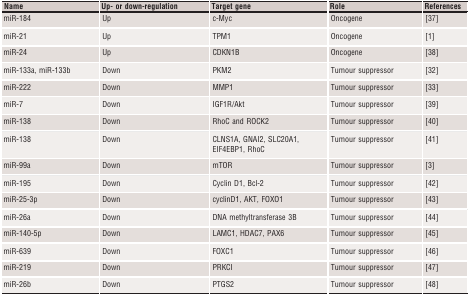
<table><thead><tr><td><b>Name</b></td><td><b>Up‐ or down‐regulation</b></td><td><b>Target gene</b></td><td><b>Role</b></td><td><b>References</b></td></tr></thead><tbody><tr><td>miR‐184</td><td>Up</td><td>c‐Myc</td><td>Oncogene</td><td>37</td></tr><tr><td>miR‐21</td><td>Up</td><td>TPM1</td><td>Oncogene</td><td>1</td></tr><tr><td>miR‐24</td><td>Up</td><td>CDKN1B</td><td>Oncogene</td><td>38</td></tr><tr><td>miR‐133a, miR‐133b</td><td>Down</td><td>PKM2</td><td>Tumour suppressor</td><td>32</td></tr><tr><td>miR‐222</td><td>Down</td><td>MMP1</td><td>Tumour suppressor</td><td>33</td></tr><tr><td>miR‐7</td><td>Down</td><td>IGF1R/Akt</td><td>Tumour suppressor</td><td>39</td></tr><tr><td>miR‐138</td><td>Down</td><td>RhoC and ROCK2</td><td>Tumour suppressor</td><td>40</td></tr><tr><td>miR‐138</td><td>Down</td><td>CLNS1A, GNAI2, SLC20A1, EIF4EBP1, RhoC</td><td>Tumour suppressor</td><td>41</td></tr><tr><td>miR‐99a</td><td>Down</td><td>mTOR</td><td>Tumour suppressor</td><td>3</td></tr><tr><td>miR‐195</td><td>Down</td><td>Cyclin D1, Bcl‐2</td><td>Tumour suppressor</td><td>42</td></tr><tr><td>miR‐25‐3p</td><td>Down</td><td>cyclinD1, AKT, FOXO1</td><td>Tumour suppressor</td><td>43</td></tr><tr><td>miR‐26a</td><td>Down</td><td>DNA methyltransferase 3B</td><td>Tumour suppressor</td><td>44</td></tr><tr><td>miR‐140‐5p</td><td>Down</td><td>LAMC1, HDAC7, PAX6</td><td>Tumour suppressor</td><td>45</td></tr><tr><td>miR‐639</td><td>Down</td><td>FOXC1</td><td>Tumour suppressor</td><td>46</td></tr><tr><td>miR‐219</td><td>Down</td><td>PRKCI</td><td>Tumour suppressor</td><td>47</td></tr><tr><td>miR‐26b</td><td>Down</td><td>PTGS2</td><td>Tumour suppressor</td><td>48</td></tr></tbody></table>